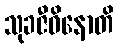
သုခဇီဝိနောတိ